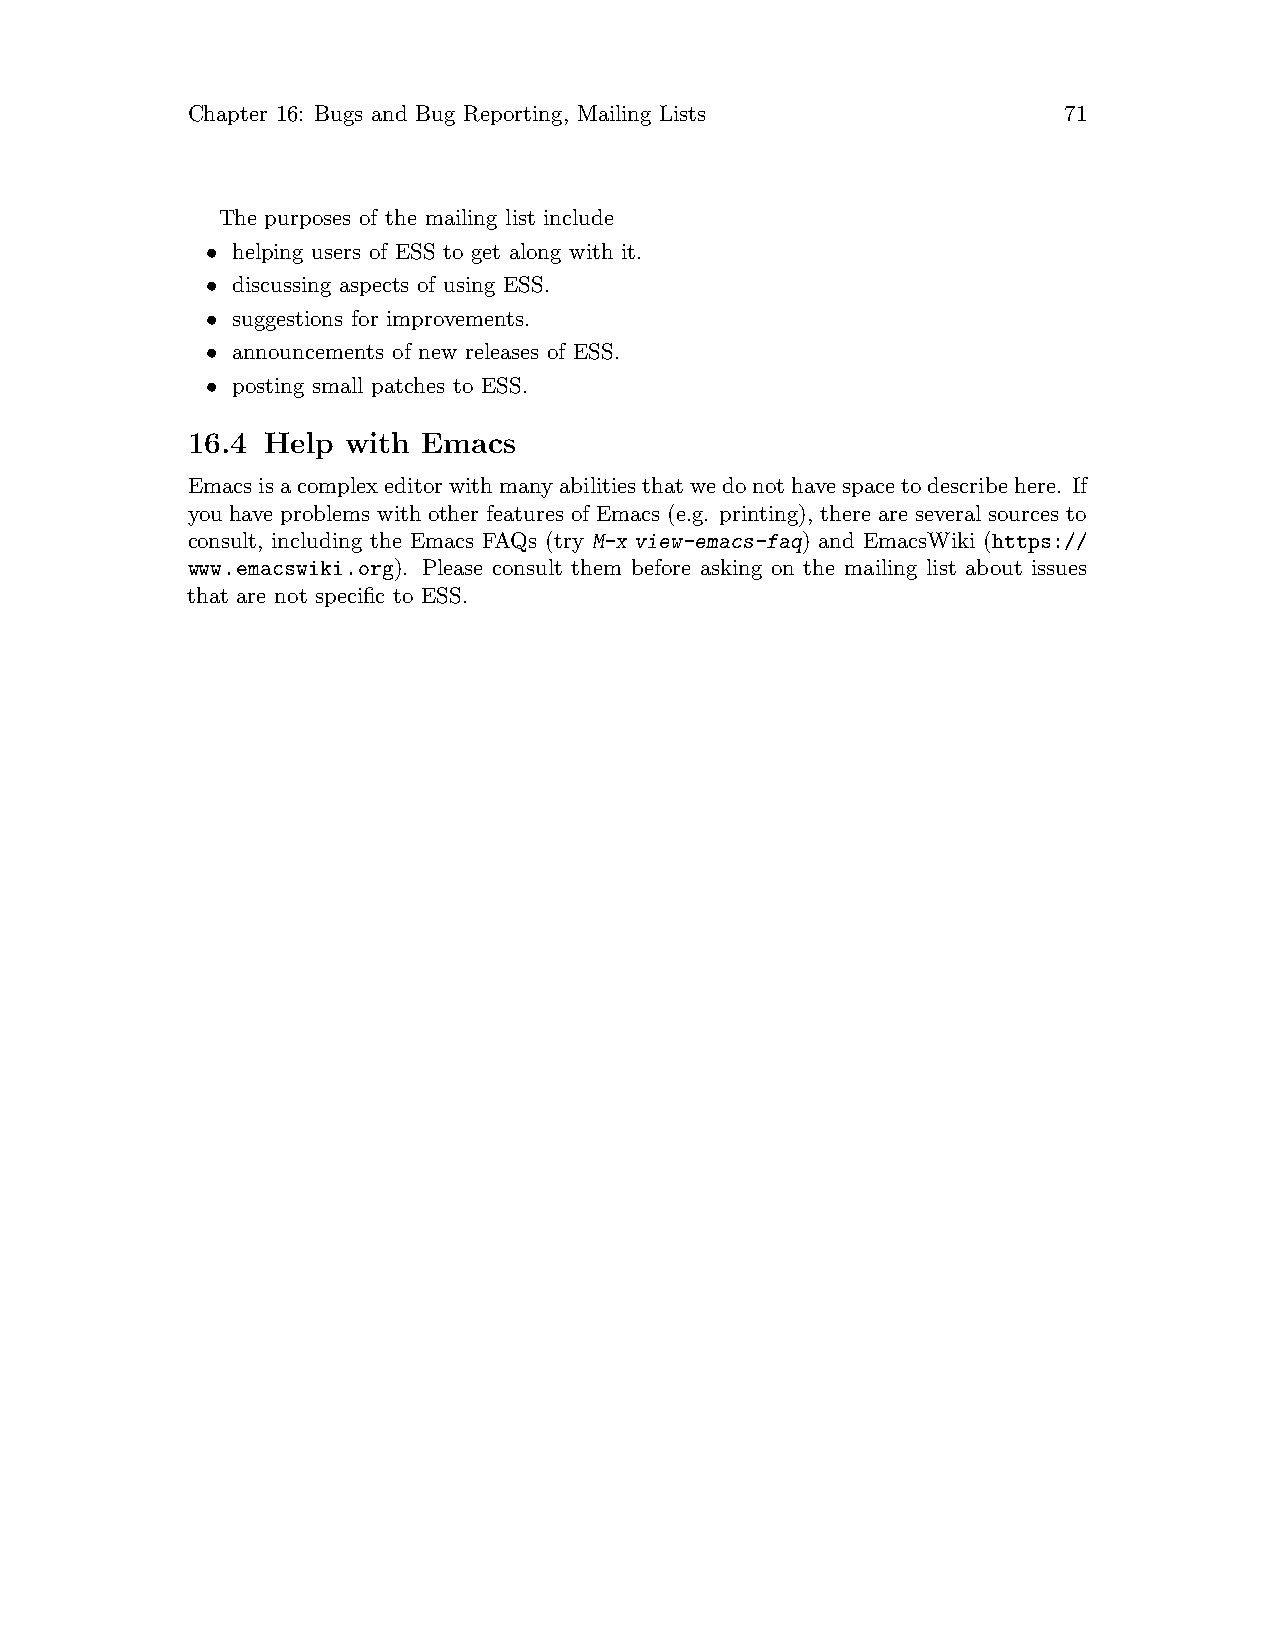
Chapter 16: Bugs and Bug Reporting, Mailing Lists         71
 The purposes of the mailing list include
 • helping users of ESS to get along with it.
 • discussing aspects of using ESS.
 • suggestions for improvements.
 • announcements of new releases of ESS.
 • posting small patches to ESS.
 16.4 Help  with Emacs
 Emacsisacomplexeditorwithmanyabilitiesthatwedonothavespacetodescribehere. If
 you have problems with other features of Emacs (e.g. printing), there are several sources to
 consult, including the Emacs FAQs (try M-x view-emacs-faq) and EmacsWiki (https://
 www.emacswiki.org). Please consult them before asking on the mailing list about issues
 that are not specific to ESS.